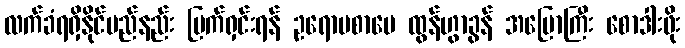
လက်ခံရရှိနိုင်မည်နည်း မြက်ရှင်းရန် ဥရောပစာပေ ထွန်ဟွာခွန် အပြောကြီး စောဒါးဖိုး